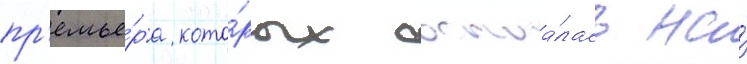
пр'емье́ра кото́рых состоа́лась на́